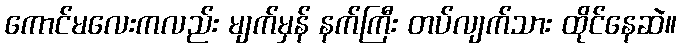
ကောင်မလေးကလည်း မျက်မှန် နက်ကြီး တပ်လျက်သား ထိုင်နေဆဲ။